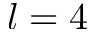
l = 4